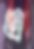
এ